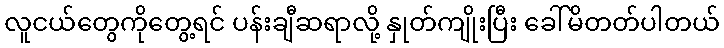
လူငယ်တွေကိုတွေ့ရင် ပန်းချီဆရာလို့ နှုတ်ကျိုးပြီး ခေါ်မိတတ်ပါတယ်